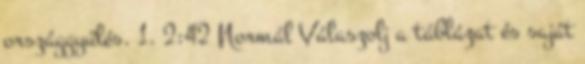
országgyűlés. 1. 2:42 Normál Válaszolj a táblázat és saját